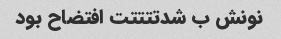
نونش ب شدتتتتت افتضاح بود